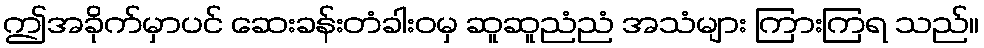
ဤအခိုက်မှာပင် ဆေးခန်းတံခါးဝမှ ဆူဆူညံညံ အသံများ ကြားကြရ သည်။